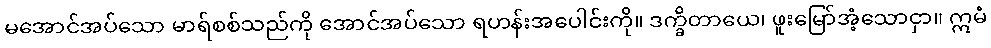
မအောင်အပ်သော မာရ်စစ်သည်ကို အောင်အပ်သော ရဟန်းအပေါင်းကို။ ဒက္ခိတာယေ၊ ဖူးမြော်အံ့သောငှာ။ ဣမံ